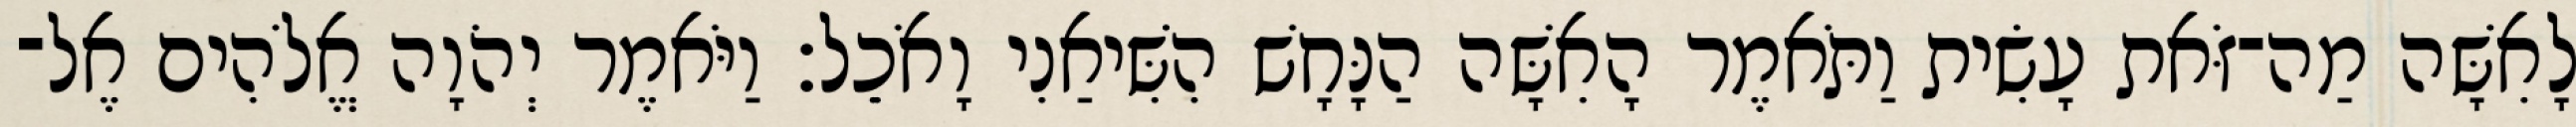
לָאִשָּׁה מַה־זֹּאת עָשִׂית וַתֹּאמֶר הָאִשָּׁה הַנָּחָשׁ הִשִּׁיאַנִי וָאֹכֵל׃ וַיֹּאמֶר יְהֹוָה אֱלֹהִים אֶל־